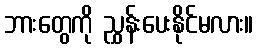
ဘားတွေကို ညွှန်းပေးနိုင်မလား။